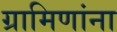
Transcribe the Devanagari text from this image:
ग्रामिणांना